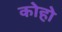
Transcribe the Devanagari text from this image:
कोहो